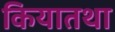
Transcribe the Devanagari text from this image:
कियातथा